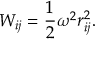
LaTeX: W _ { i j } = { \frac { 1 } { 2 } } \omega ^ { 2 } r _ { i j } ^ { 2 } . \nonumber